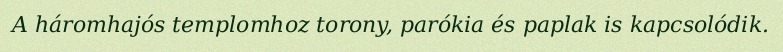
A háromhajós templomhoz torony, parókia és paplak is kapcsolódik.